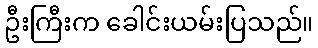
ဦးကြီးက ခေါင်းယမ်းပြသည်။